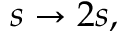
s \to 2 s ,